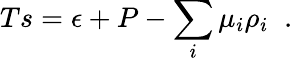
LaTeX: Ts=\epsilon+P-\sum_{i}\mu_{i}\rho_{i}\; \; .